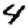
Digit: 4